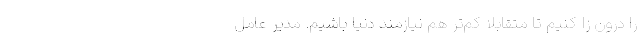
را درون ­زا کنیم تا متقابلاً کم‌تر هم نیازمند دنیا باشیم. مدیر عامل